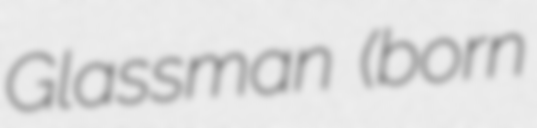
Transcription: Glassman (born